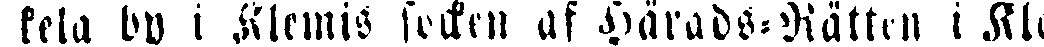
kela by i Klemis socken af Härads-Rätten i Kle